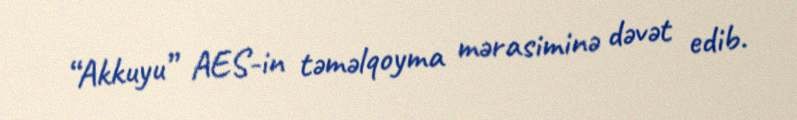
“Akkuyu” AES-in təməlqoyma mərasiminə dəvət edib.